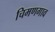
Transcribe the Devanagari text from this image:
चिमणगाव